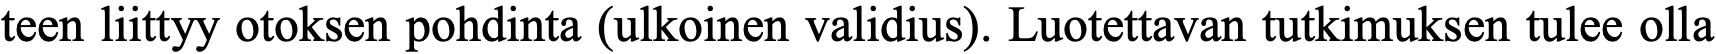
teen liittyy otoksen pohdinta (ulkoinen validius). Luotettavan tutkimuksen tulee olla